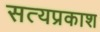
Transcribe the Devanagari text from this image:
सत्‍यप्रकाश